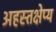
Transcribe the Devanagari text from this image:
अहस्तक्षेप्य